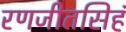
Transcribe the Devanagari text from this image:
रणजीतसिहं